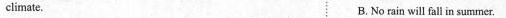
climate. B.No rain will fall in summer.